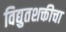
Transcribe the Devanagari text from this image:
विद्युतशक्तीचा